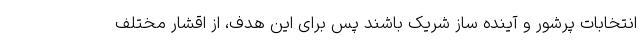
انتخابات پرشور و آینده ساز شریک باشند پس برای این هدف، از اقشار مختلف